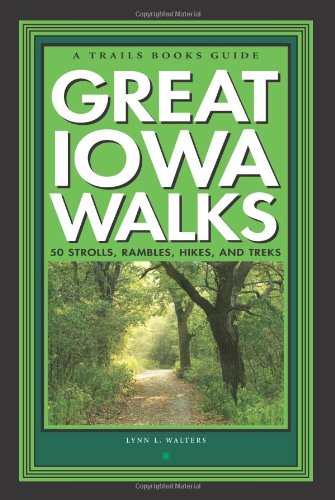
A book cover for Great Iowa Walks: 50 Strolls, Rambles, Hikes, and Treks (A Trails Books Guide); Lynn L. Walters; Travel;